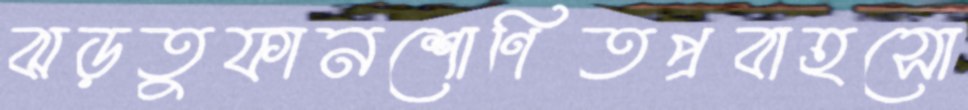
ঝড়তুফানশোণিতপ্রবাহসো